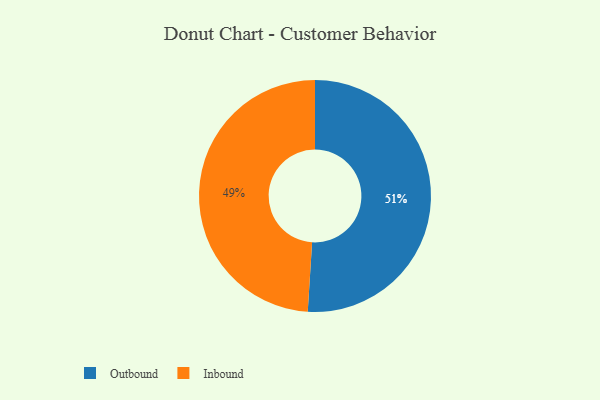
{"axis": {"x": "Category", "y": "Percentage"}, "legend": ["Inbound", "Outbound"], "data": [{"x": "Inbound", "y": 49, "type": "Inbound"}, {"x": "Outbound", "y": 51, "type": "Outbound"}]}